Report of the Indian Hemp Drugs Commission, 1894-1895 - Volume III
Year: 1894
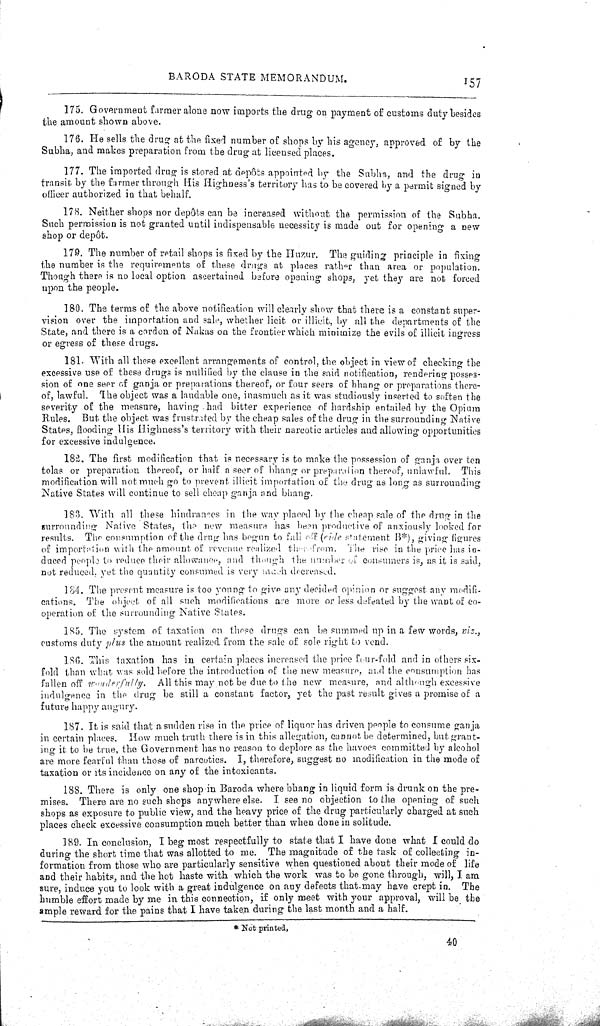
BARODA STATE MEMORANDUM.
157
175. Government farmer alone now imports the drug on payment of customs duty besides
the amount shown above.
176. He sells the drug at the fixed number of shops by his agency, approved of by the
Subha, and makes preparation from the drug at licensed places.
177. The imported drug is stored at depôts appointed by the Subha, and the drug in
transit by the farmer through His Highness's territory has to be covered by a permit signed by
officer authorized in that behalf.
178. Neither shops nor depôts can be increased without the permission of the Subha.
Such permission is not granted until indispensable necessity is made out for opening a new
shop or depôt.
179. The number of retail shops is fixed by the Huzur. The guiding principle in fixing
the number is the requirements of these drugs at places rather than area or population.
Though there is no local option ascertained before opening shops, yet they are not forced
upon the people.
180. The terms of the above notification will clearly show that there is a constant super-
vision over the importation and sale, whether licit or illicit, by all the departments of the
State, and there is a cordon of Nakas on the frontier which minimize the evils of illicit ingress
or egress of these drugs.
181. With all these excellent arrangements of control, the object in view of checking the
excessive use of these drugs is nullified by the clause in the said notification, rendering posses-
sion of one seer of ganja or preparations thereof, or four seers of bhang or preparations there-
of, lawful. The object was a laudable one, inasmuch as it was studiously inserted to soften the
severity of the measure, having had bitter experience of hardship entailed by the Opium
Rules. But the object was frustrated by the cheap sales of the drug in the surrounding Native
States, flooding His Highness's territory with their narcotic articles and allowing opportunities
for excessive indulgence.
182. The first modification that is necessary is to make the possession of ganja over ten
tolas or preparation thereof, or half a seer of bhang or preparation thereof, unlawful. This
modification will not much go to prevent illicit importation of the drug as long as surrounding
Native States will continue to sell cheap ganja and bhang.
183. With all these hindrances in the way placed by the cheap sale of the drug in the
surrounding Native States, the new measure has been productive of anxiously looked for
results. The consumption of the drug has begun to fall off (side statement B*), giving figures
of importation with the amount of revenue realized therefrom. The rise in the price has in-
duced people to reduce their allowance, and though the number of consumers is, as it is said,
not reduced, yet the quantity consumed is very much decreased.
184. The present measure is too young to give any decided opinion or suggest any modifi-
cations. The object of all such modifications are more or less defeated by the want of co-
operation of the surrounding Native States.
185. The system of taxation on these drugs can be summed up in a few words, viz.,
customs duty plus the amount realized from the sale of sole right to vend.
186. This taxation has in certain places increased the price four-fold and in others six-
fold than what was sold before the introduction of the new measure, and the consumption has
fallen off wonderfully. All this may not be due to the new measure, and although excessive
indulgence in the drug be still a constant factor, yet the past result gives a promise of a
future happy angury.
187. It is said that a sudden rise in the price of liquor has driven people to consume ganja
in certain places. How much truth there is in this allegation, cannot be determined, but grant-
ing it to be true, the Government has no reason to deplore as the havocs committed by alcohol
are more fearful than those of narcotics. I, therefore, suggest no modification in the mode of
taxation or its incidence on any of the intoxicants.
188. There is only one shop in Baroda where bhang in liquid form is drunk on the pre-
mises. There are no such shops anywhere else. I see no objection to the opening of such
shops as exposure to public view, and the heavy price of the drug particularly charged at such
places check excessive consumption much better than when done in solitude.
189. In conclusion, I beg most respectfully to state that I have done what I could do
during the short time that was allotted to me. The magnitude of the task of collecting in-
formation from those who are particularly sensitive when questioned about their mode of life
and their habits, and the hot haste with which the work was to be gone through, will, I am
sure, induce you to look with a great indulgence on any defects that may have crept in. The
humble effort made by me in this connection, if only meet with your approval, will be the
ample reward for the pains that I have taken during the last month and a half.
*Not printed,
40